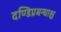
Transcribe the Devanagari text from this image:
दण्डिप्रबन्धाश्च